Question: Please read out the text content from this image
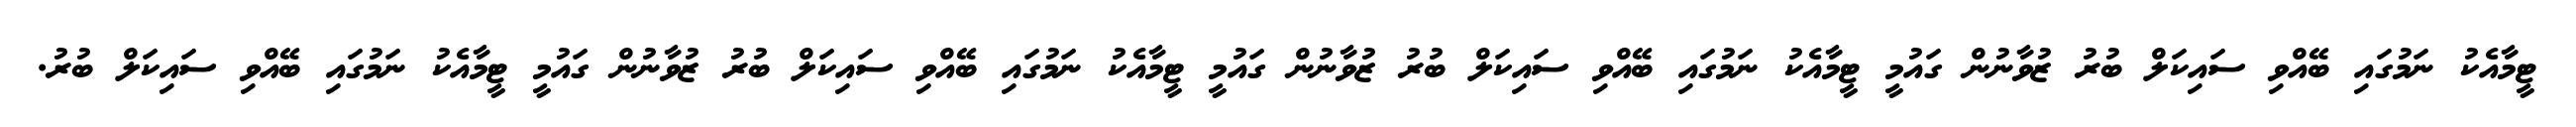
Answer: ޓީމާއެކު ނަމުގައި ބޭއްވި ސައިކަލް ބުރު ޒުވާނުން ގައުމީ ޓީމާއެކު ނަމުގައި ބޭއްވި ސައިކަލް ބުރު ޒުވާނުން ގައުމީ ޓީމާއެކު ނަމުގައި ބޭއްވި ސައިކަލް ބުރު ޒުވާނުން ގައުމީ ޓީމާއެކު ނަމުގައި ބޭއްވި ސައިކަލް ބުރު.